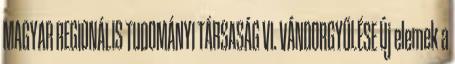
MAGYAR REGIONÁLIS TUDOMÁNYI TÁRSASÁG VI. VÁNDORGYŰLÉSE Új elemek a